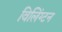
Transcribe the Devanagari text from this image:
विलिंग्‍टन